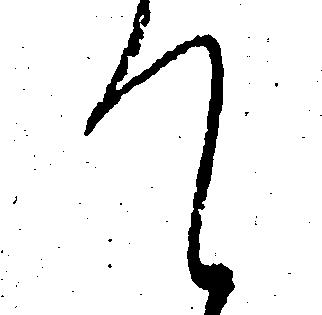
て